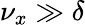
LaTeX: \nu_{x}\gg\delta